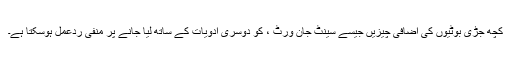
کچھ جڑی بوٹیوں کی اضافی چیزیں جیسے سینٹ جان ورٹ ، کو دوسری ادویات کے ساتھ لیا جانے پر منفی ردعمل ہوسکتا ہے۔